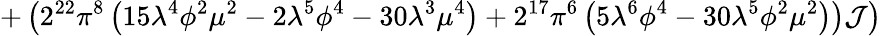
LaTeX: \left.+\left(2^{22}\pi^{8}\left(15\lambda^{4}\phi^{2}\mu^{2}-2\lambda^{5}\phi^{4}-30\lambda^{3}\mu^{4}\right)+2^{17}\pi^{6}\left(5\lambda^{6}\phi^{4}-30\lambda^{5}\phi^{2}\mu^{2}\right)\right){\cal J}\right)